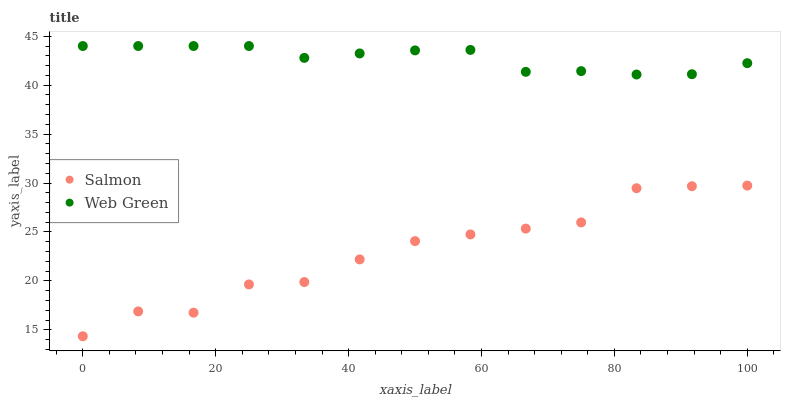
| xaxis_label | Salmon | Web Green |
 | --- | --- | --- |
 | 0 | 14.3 | 44 |
 | 8.33 | 16.9 | 44 |
 | 16.7 | 16.8 | 44 |
 | 25 | 19.6 | 44 |
 | 33.3 | 19.9 | 42.8 |
 | 41.7 | 22.2 | 43.2 |
 | 50 | 24.1 | 43.6 |
 | 58.3 | 24.8 | 43.6 |
 | 66.7 | 25.3 | 41.4 |
 | 75 | 26 | 41.4 |
 | 83.3 | 29.5 | 41.1 |
 | 91.7 | 29.7 | 41.1 |
 | 100 | 29.7 | 42.2 |